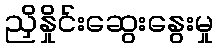
ညှိနှိုင်းဆွေးနွေးမှု